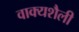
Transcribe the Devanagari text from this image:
वाक्यशैली